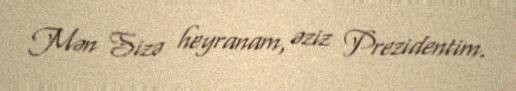
Mən Sizə heyranam, əziz Prezidentim.